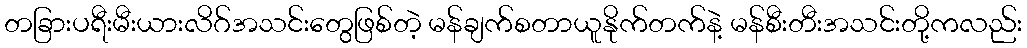
တခြားပရီးမီးယားလိဂ်အသင်းတွေဖြစ်တဲ့ မန်ချက်စတာယူနိုက်တက်နဲ့ မန်စီးတီးအသင်းတို့ကလည်း